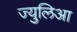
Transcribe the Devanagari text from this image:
ज्युलिआ